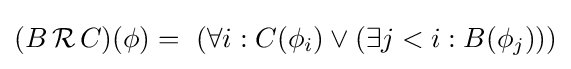
(B\,{\mathcal {R}}\,C)(\phi )=\ (\forall i:C(\phi _{i})\lor (\exists j<i:B(\phi _{j})))